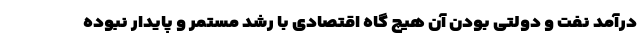
درآمد نفت و دولتی بودن آن هیچ گاه اقتصادی با رشد مستمر و پایدار نبوده